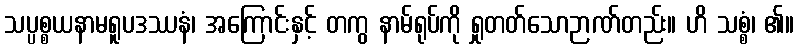
သပ္ပစ္စယနာမရူပဒဿနံ၊ အကြောင်းနှင့် တကွ နာမ်ရုပ်ကို ရှုတတ်သောဉာဏ်တည်း။ ဟိ သစ္စံ၊ ၏။